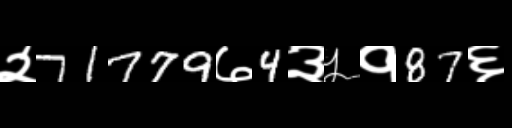
Text: २71779७4३५१87६